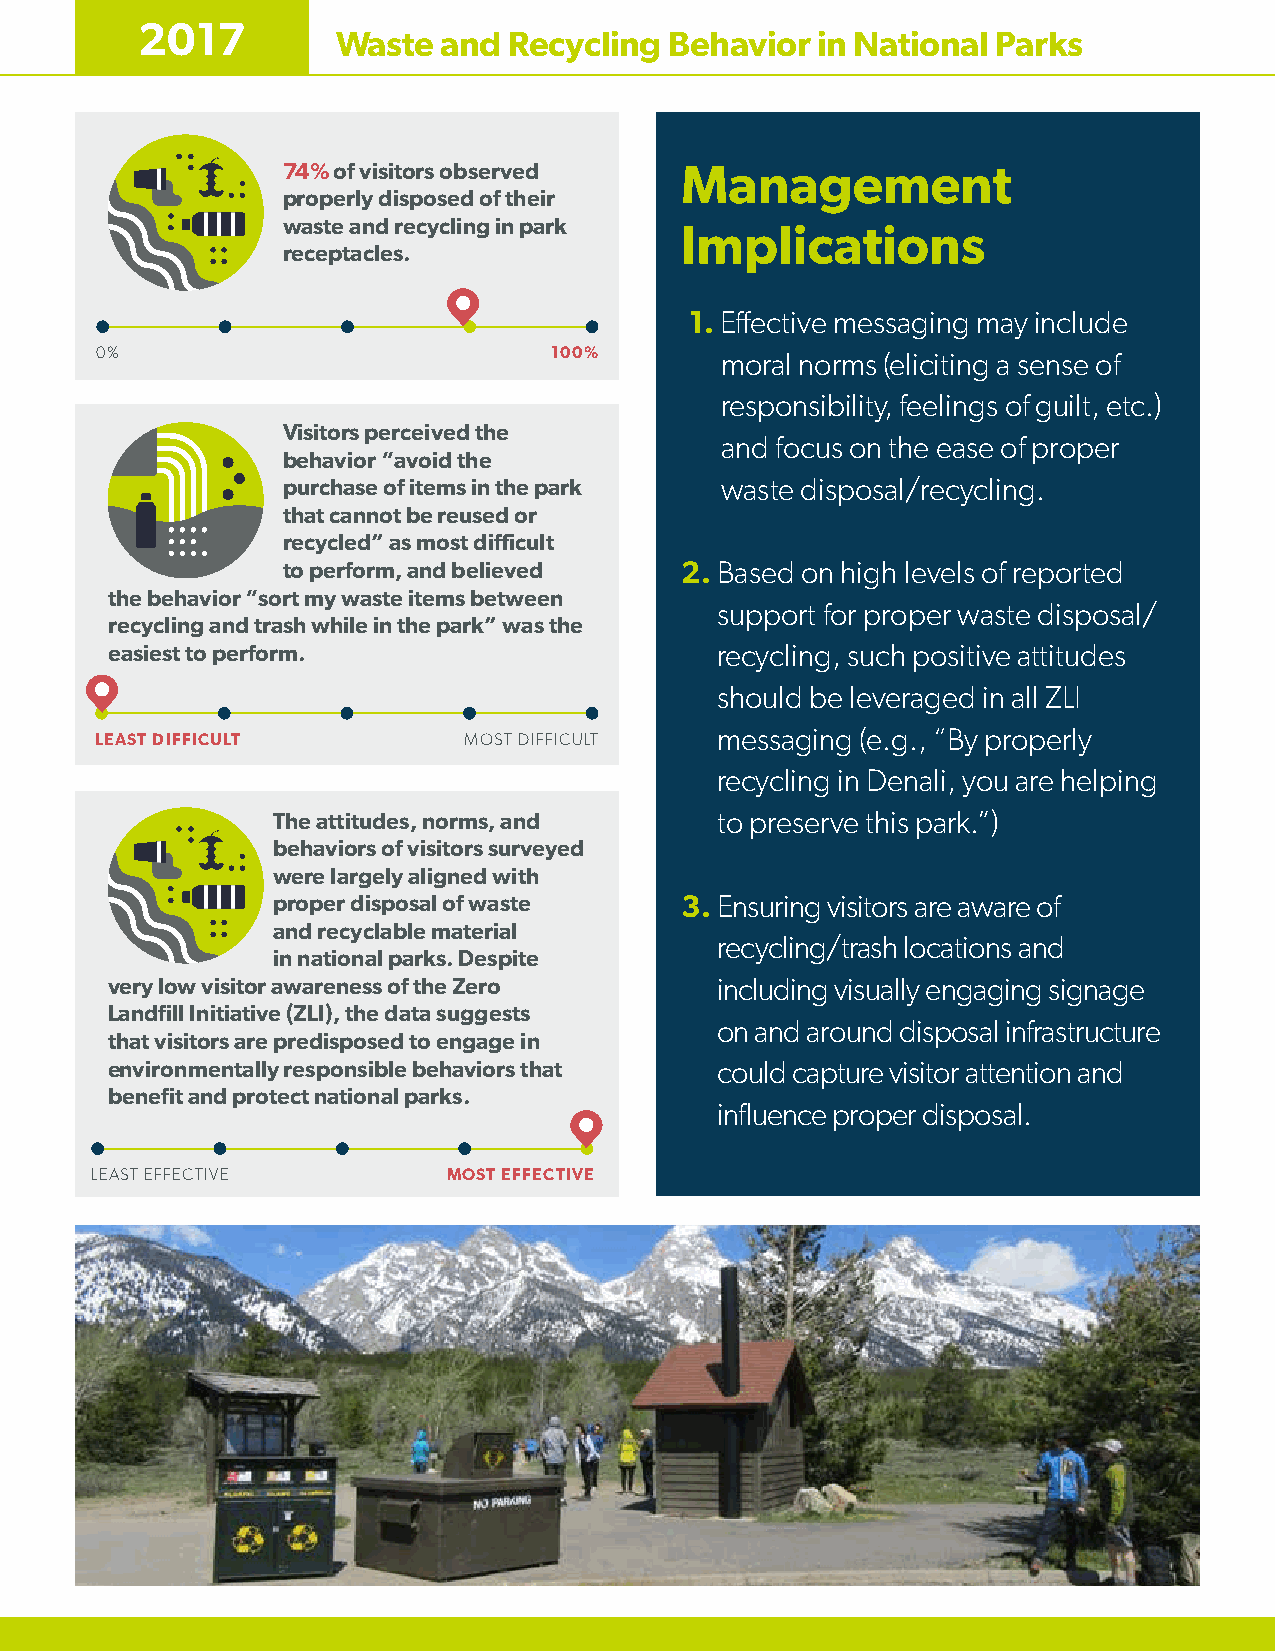
2017
 Waste  and  Recycling Behavior  in National Parks
 74% of visitors observed  Management
 properly disposed of their
 waste and recycling in park Implications
 receptacles.
 1. Effective messaging may include
 0%                             100%       moral norms (eliciting a sense of
 responsibility, feelings of guilt, etc.)
 Visitors perceived the
 and focus on the ease of proper
 behavior “avoid the
 purchase of items in the park waste disposal/recycling.
 that cannot be reused or
 recycled” as most difficult
 to perform, and believed  2. Based on high levels of reported
 the behavior “sort my waste items between
 support for proper waste disposal/
 recycling and trash while in the park” was the
 easiest to perform.                     recycling, such positive attitudes
 should be leveraged in all ZLI
 LEAST DIFFICULT          MOST DIFFICULT  messaging (e.g., “By properly
 recycling in Denali, you are helping
 The attitudes, norms, and    to preserve this park.”)
 behaviors of visitors surveyed
 were largely aligned with
 proper disposal of waste   3. Ensuring visitors are aware of
 and recyclable material
 recycling/trash locations and
 in national parks. Despite
 very low visitor awareness of the Zero  including visually engaging signage
 Landfill Initiative (ZLI), the data suggests
 on and around disposal infrastructure
 that visitors are predisposed to engage in
 environmentally responsible behaviors that could capture visitor attention and
 benefit and protect national parks.
 influence proper disposal.
 LEAST EFFECTIVE         MOST EFFECTIVE